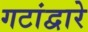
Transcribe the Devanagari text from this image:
गटांद्वारे